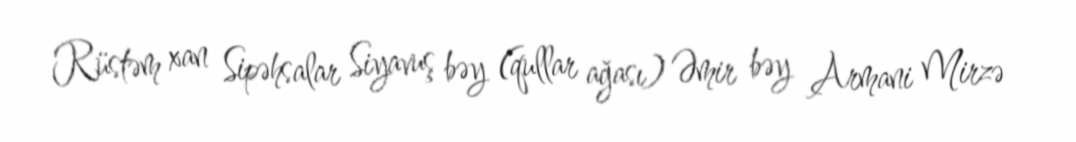
Rüstəm xan Sipəhsalar Siyavuş bəy (qullar ağası) Əmir bəy Armani Mirzə